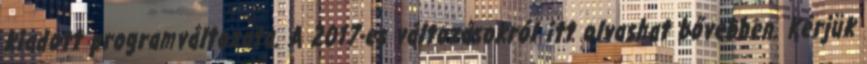
kiadott programváltozata. A 2017-es változásokról itt olvashat bővebben. Kérjük